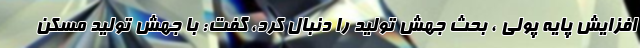
افزایش پایه پولی ، بحث جهش تولید را دنبال کرد، گفت: با جهش تولید مسکن